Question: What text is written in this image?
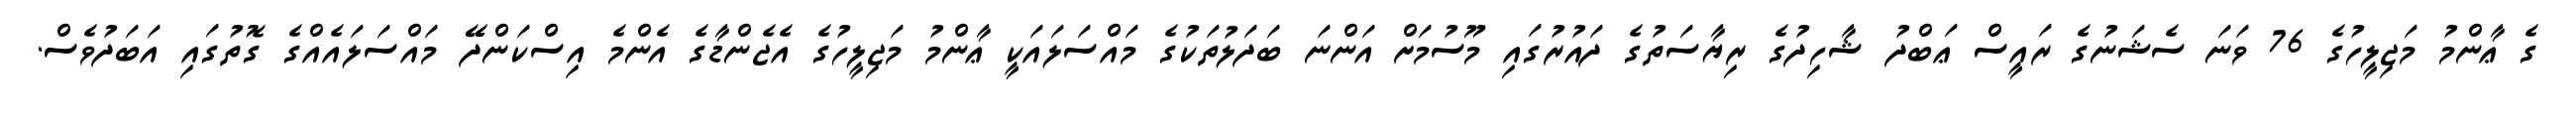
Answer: ގެ ޢާންމު މަޖިލީހުގެ 76 ވަނަ ސެޝަނުގެ ރައީސް ޢަބްދު ޝާހިދުގެ ރިޔާސަތުގެ ދައުރުގައި މޫސުމަށް އަންނަ ބަދަލުތަކުގެ މައްސަލައަކީ ޢާންމު މަޖިލީހުގެ އެޖެންޑާގެ އެންމެ އިސްކަންދޭ މައްސަލައެއްގެ ގޮތުގައި އަބަދުވެސް.